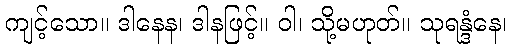
ကျင့်သော။ ဒါနေန၊ ဒါနဖြင့်။ ဝါ၊ သို့မဟုတ်။ သုရန္ဒံနေ၊